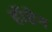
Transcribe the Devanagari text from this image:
हॉडेन